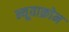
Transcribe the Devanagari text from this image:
न्यूवाक्रोन